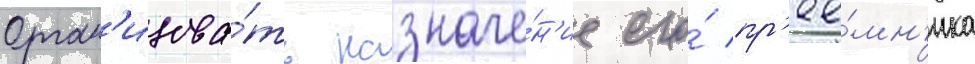
Орган'изова́ть назначе́н'ие его́ пр'ее́мн'ика